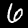
Digit: 6